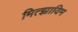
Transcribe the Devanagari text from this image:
मित्झ्रायिम